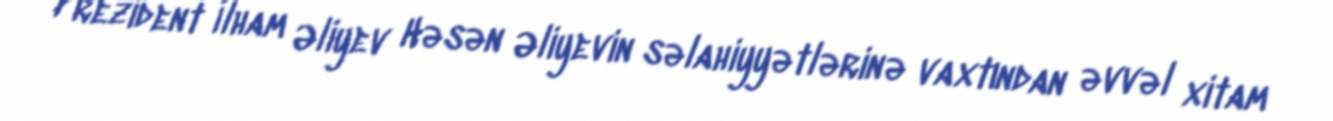
Prezident İlham Əliyev Həsən Əliyevin səlahiyyətlərinə vaxtından əvvəl xitam